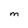
Character: M